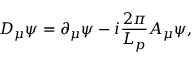
D _ { \mu } \psi = \partial _ { \mu } \psi - i \frac { 2 \pi } { L _ { p } } A _ { \mu } \psi ,